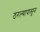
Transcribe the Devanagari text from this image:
ठरल्यापासून